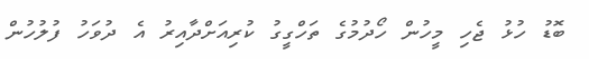
ބޮޑު ހުޅު ޖެހި މީހުން ހޯދުމުގެ ތަހްގީގު ކުރިއަށްދާއިރު އެ ދުވަހު ފުލުހުން